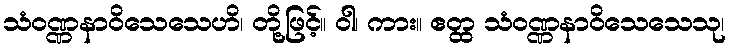
သံဝဏ္ဏနာဝိသေသေဟိ၊ တို့ဖြင့်။ ဝါ၊ ကား။ ဧတ္ထ သံဝဏ္ဏနာဝိသေသေသု၊